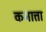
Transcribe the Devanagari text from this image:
कनात्ता